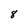
Character: 8